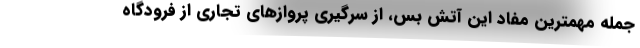
جمله مهمترین مفاد این آتش بس، از سرگیری پروازهای تجاری از فرودگاه